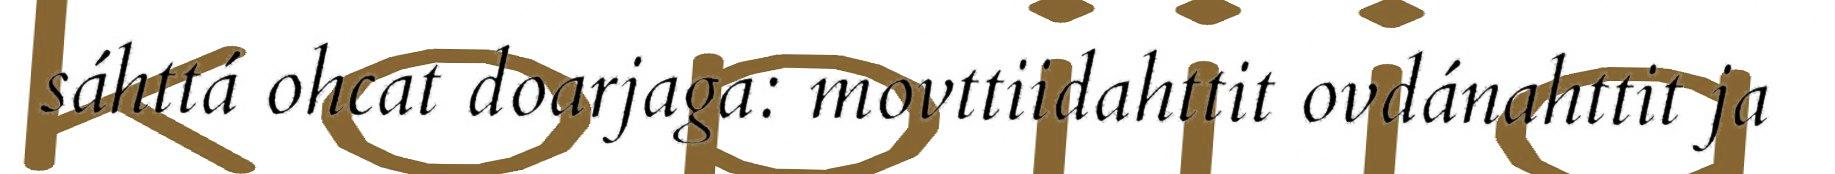
sáhttá ohcat doarjaga: movttiidahttit ovdánahttit ja